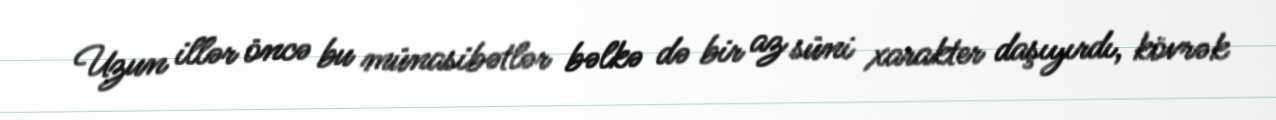
Uzun illər öncə bu münasibətlər bəlkə də bir az süni xarakter daşıyırdı, kövrək